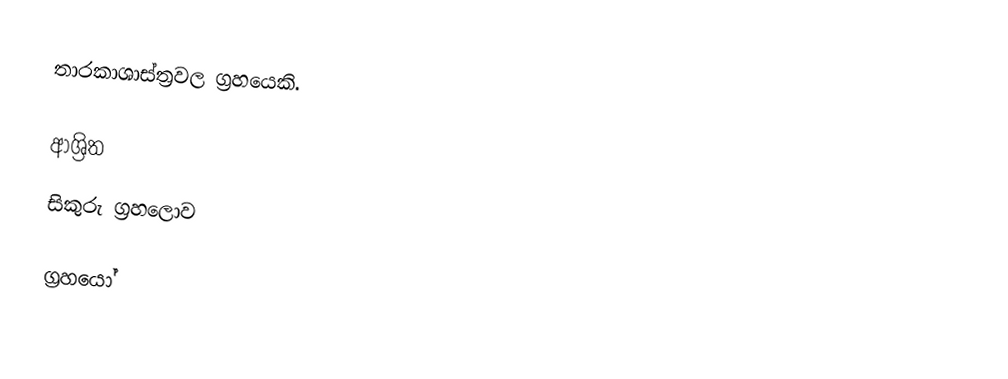
තාරකාශාස්ත්‍රවල ග්‍රහයෙකි.

ආශ්‍රිත
 සිකුරු ග්‍රහලොව

ග්‍රහයෝ